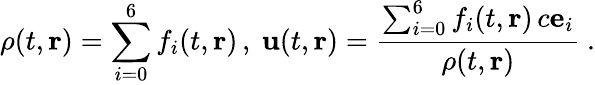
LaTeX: \rho(t,\mathbf{r})=\sum_{i=0}^{6}f_{i}(t,\mathbf{r})\, ,\ \mathbf{u}(t,\mathbf{r})=\frac{\sum_{i=0}^{6}f_{i}(t,\mathbf{r})\, c{\mathbf e}_{i}}{\rho(t,\mathbf{r})}\ .